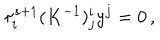
LaTeX: \tau _ { i } ^ { s + 1 } ( K ^ { - 1 } ) _ { j } ^ { i } y ^ { j } = 0 \, ,